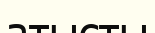
атысты